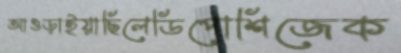
আওড়াইয়াছিলেডিপোশিজেক